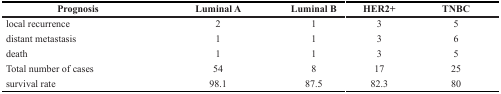
<table><thead><tr><td><b>Prognosis</b></td><td><b>Luminal A</b></td><td><b>Luminal B</b></td><td><b>HER2+</b></td><td><b>TNBC</b></td></tr></thead><tbody><tr><td>local recurrence</td><td>2</td><td>1</td><td>3</td><td>5</td></tr><tr><td>distant metastasis</td><td>1</td><td>1</td><td>3</td><td>6</td></tr><tr><td>death</td><td>1</td><td>1</td><td>3</td><td>5</td></tr><tr><td>Total number of cases</td><td>54</td><td>8</td><td>17</td><td>25</td></tr><tr><td>survival rate</td><td>98.1</td><td>87.5</td><td>82.3</td><td>80</td></tr></tbody></table>